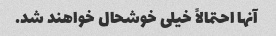
آنها احتمالاً خیلی خوشحال خواهند شد.